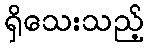
ရှိသေးသည့်